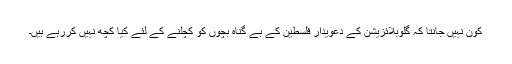
کون نہیں جانتا کہ گلوبلائزیشن کے دعویدار فلسطین کے بے گناہ بچوں کو کچلنے کے لئے کیا کچھ نہیں کررہے ہیں۔